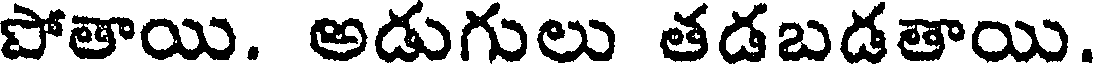
పోతాయి. అడుగులు తడబడతాయి.